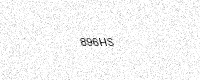
Text: 896HS